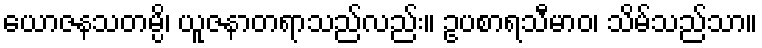
ယောဇနသတမ္ပိ၊ ယူဇနာတရာသည်လည်း။ ဥပစာရသီမာဝ၊ သိမ်သည်သာ။